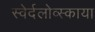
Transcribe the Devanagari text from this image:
स्वेर्दलोव्स्काया